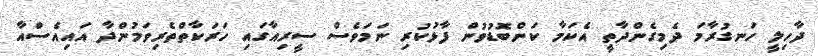
ދާހިލީ ހަނގުރާމަ ދެމިގެންދާތީ އެކަމާ ކަންބޮޑުވުން ފާޅުކުރި ނަމަވެސް ސީރިއާގައި ހަރަކާތްތެރިވަމުންދާ އައިއެސްއާ